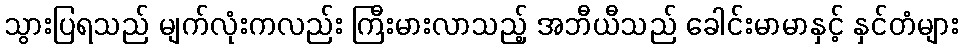
သွားပြရသည် မျက်လုံးကလည်း ကြီးမားလာသည့် အဘီယီသည် ခေါင်းမာမာနှင့် နှင်တံများ